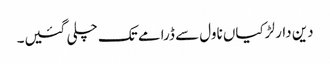
دین دار لڑکیاں ناول سے ڈرامے تک چلی گئیں۔